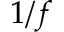
1 / f